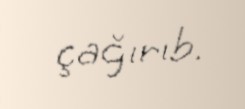
çağırıb.